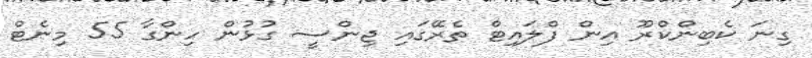
ގިނަ ކެބިންކްރޫ އިން ފްލައިޓް ތެރޭގައި ޖިންސީ ގުޅުން ހިންގާ 55 މިނެޓް